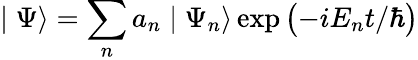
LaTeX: \mid\Psi\rangle=\sum_{n}a_{n}\mid\Psi_{n}\rangle\exp{\bigl(-iE_{n}t/\hbar\bigr)}